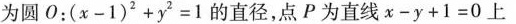
为圆O；$$( x - 1 ) ^ { 2 } + y ^ { 2 } =1$$的直径，点P为直线$$x - y + 1=0$$上